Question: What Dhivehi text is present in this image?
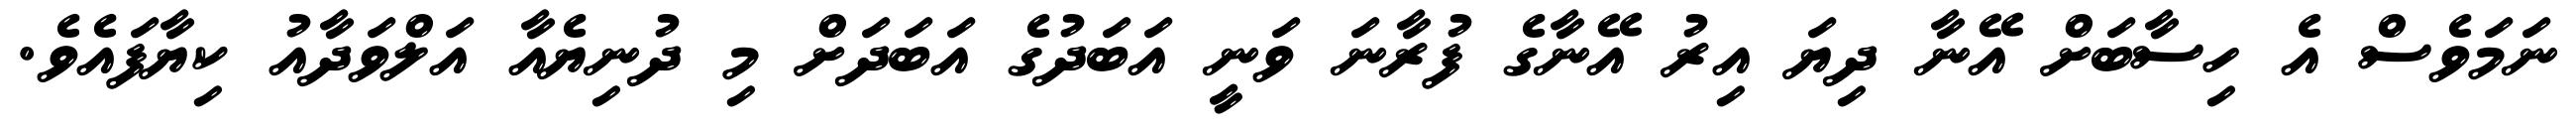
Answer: ނަމަވެސް އެ ހިސާބަށް އޭނާ ދިޔަ އިރު އޭނާގެ ފުރާނަ ވަނީ އަބަދުގެ އަބަދަށް މި ދުނިޔެއާ އަލްވަދާއު ކިޔާފައެވެ.